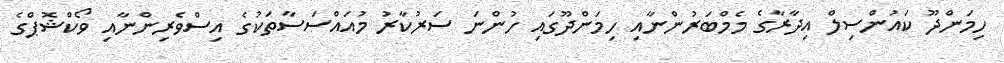
ހިމަންދޫ ކައުންސިލް އިދާރާގެ މެމްބަރުންނާއި ހިމަންދޫގައި ހުންނަ ސަރުކާރު މުއައްސަސާތަކުގެ އިސްވެރިންނާއި ވޯކްޝޮޕްގެ